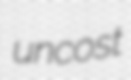
uncost